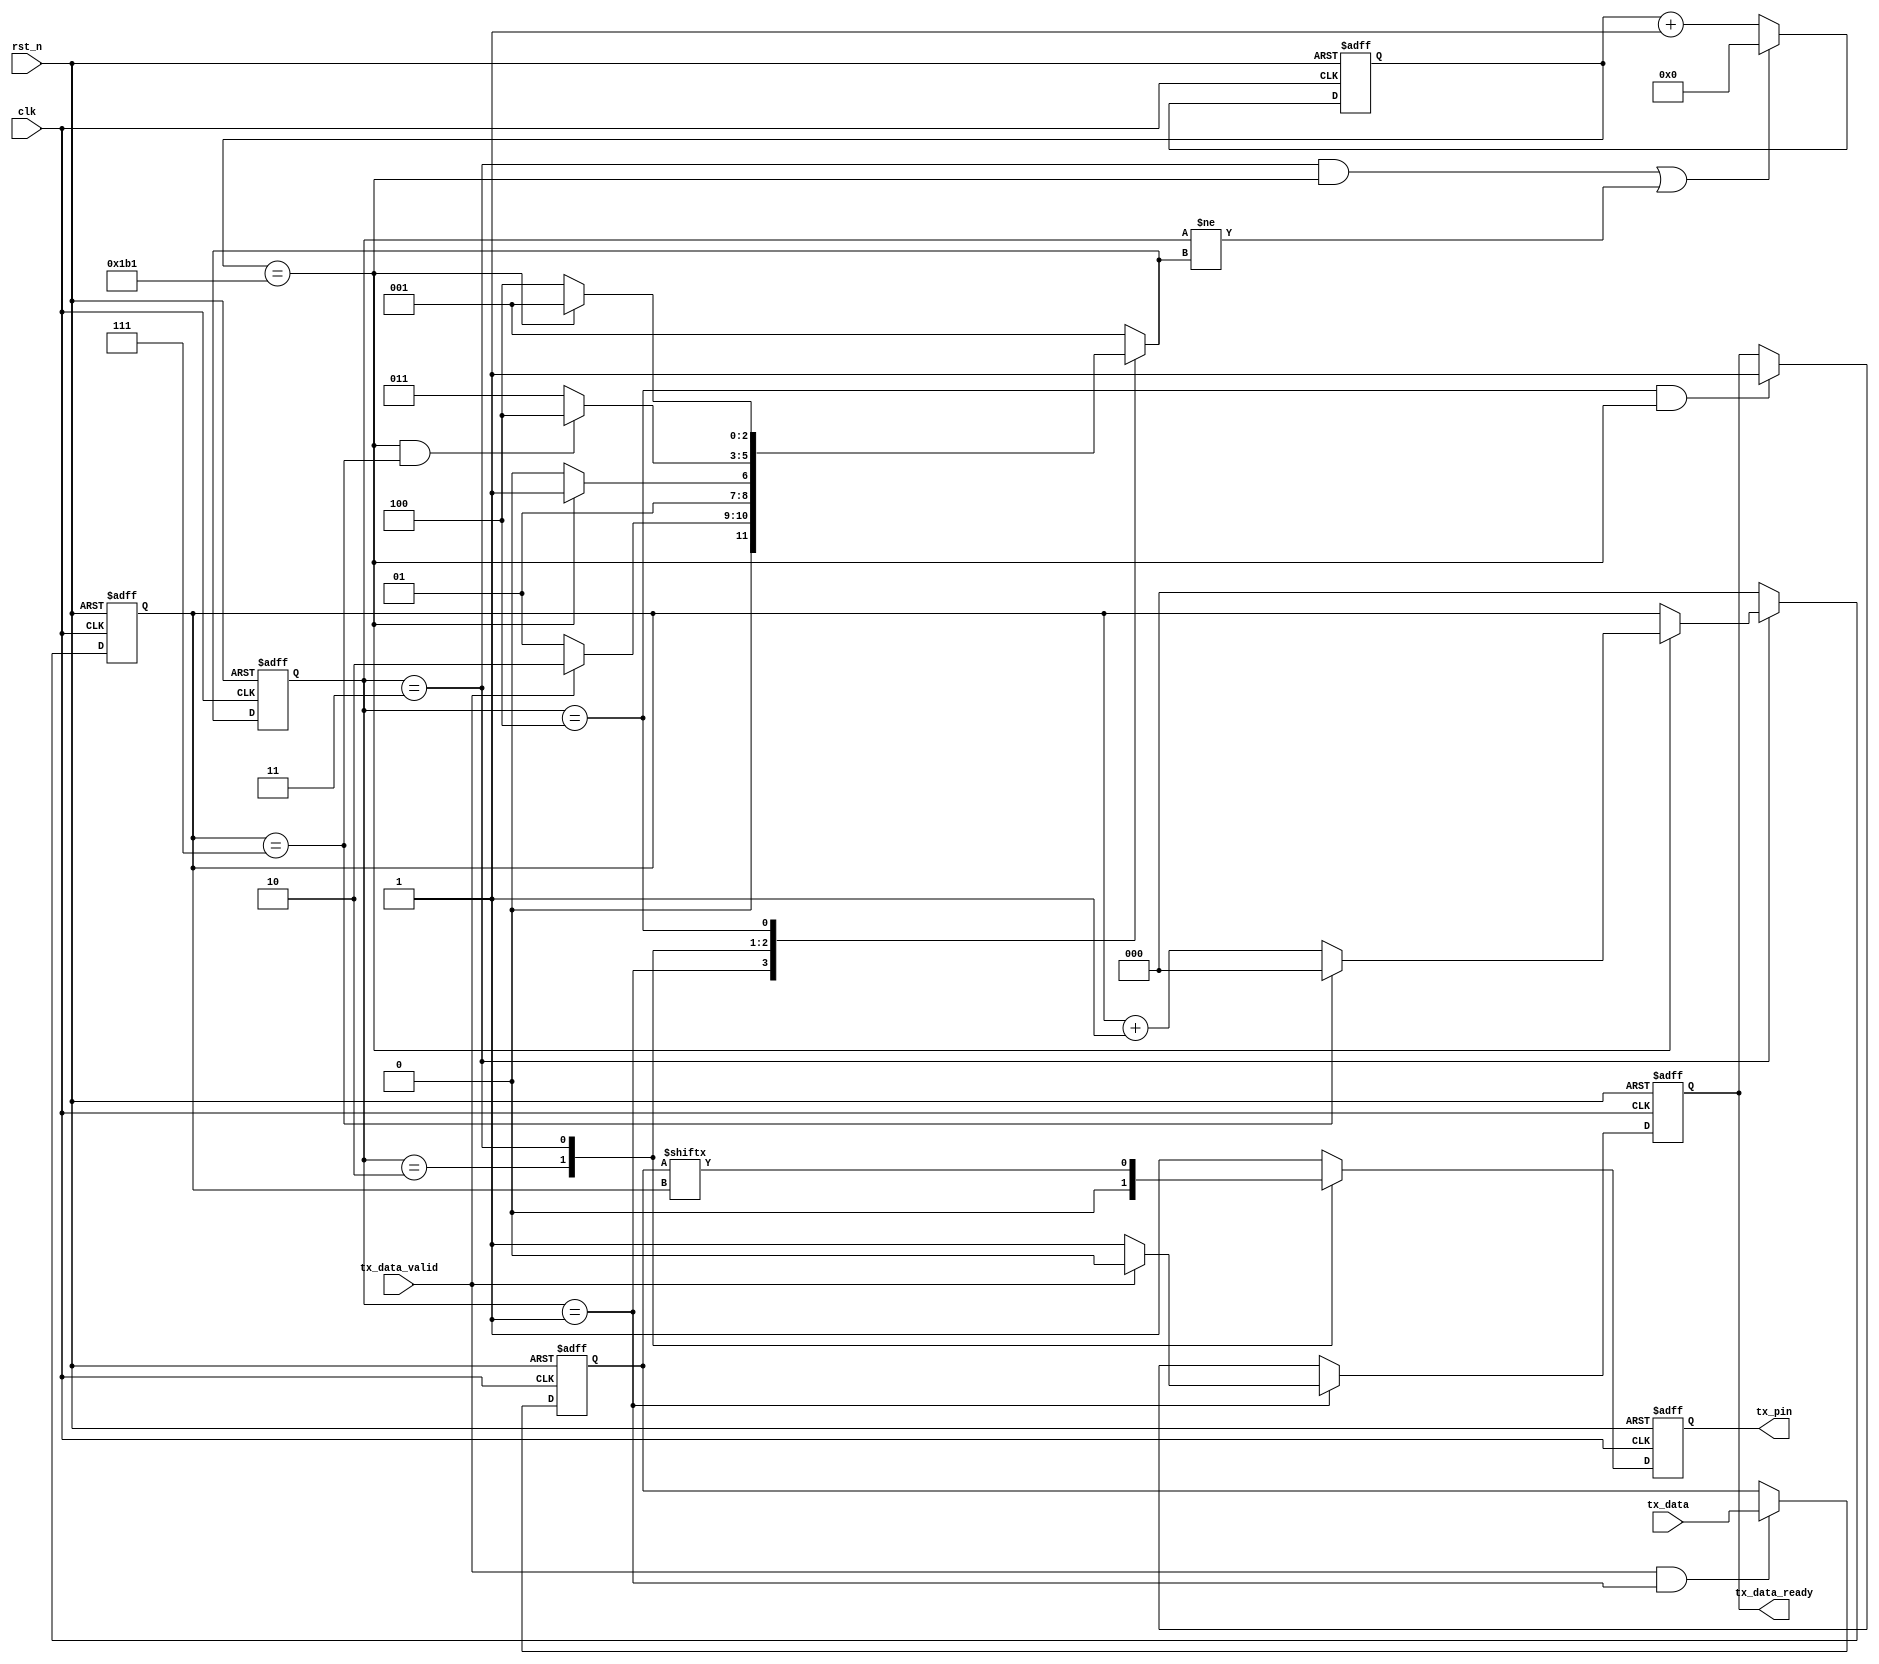
module uart_tx
#(
	parameter CLK_FRE = 50,      //clock frequency(Mhz)
	parameter BAUD_RATE = 115200 //serial baud rate
)
(
	input clk,
	input rst_n,
	input tx_data_valid,
	input [7:0] tx_data,
	output reg tx_data_ready,
	output tx_pin
);

reg [31:0] cycle_cnt;
reg [2:0] bit_cnt;
reg tx_reg;
reg [2:0] state;
reg [2:0] next_state;
reg [7:0] tx_data_latch;

localparam CYCLE = CLK_FRE * 1000000 / BAUD_RATE;
localparam S_IDLE=1;
localparam S_START=2;
localparam S_SEND_BIT=3;
localparam S_STOP=4;

assign tx_pin = tx_reg;

always @(posedge clk or negedge rst_n)
begin
	if (rst_n == 1'b0)
		state<=S_IDLE;
	else
		state<=next_state;
end

always @(*)
begin 
	case(state)
	S_IDLE:
	begin
		if (tx_data_valid == 1'b1)
			next_state <= S_START;
		else
			next_state <= S_IDLE;
	end
	S_START:
		if (cycle_cnt == CYCLE-1)
			next_state <= S_SEND_BIT;
		else
			next_state <= S_START;
	S_SEND_BIT:
		if (cycle_cnt == CYCLE-1 && bit_cnt==3'd7)
			next_state <= S_STOP;
		else
			next_state <=S_SEND_BIT;
	S_STOP:
		if (cycle_cnt == CYCLE-1)
			next_state <= S_IDLE;
		else 
			next_state <= S_STOP;
	default: next_state <= S_IDLE;
	endcase
end

always @(posedge clk or negedge rst_n)
begin
	if (rst_n == 1'b0)
		tx_data_ready <=1'b0;
	else 
	if (state == S_IDLE)
		if (tx_data_valid == 1'b1)
			tx_data_ready <= 1'b0;
		else tx_data_ready<=1'b1;
	else
		if (state == S_STOP && cycle_cnt == CYCLE-1)
			tx_data_ready<=1'b1;
end

always @(posedge clk or negedge rst_n)
begin
	if (rst_n == 1'b0)
		tx_data_latch <= 7'd0;
	else
		if (tx_data_valid == 1'b1 && state == S_IDLE)
			tx_data_latch <=tx_data;
end

always @(posedge clk or negedge rst_n)
begin
	if (rst_n == 1'b0)
		bit_cnt <= 3'd0;
	else
		if (state == S_SEND_BIT)
			if (cycle_cnt == CYCLE-1)
				if (bit_cnt == 3'd7)
					bit_cnt <= 3'd0;
				else bit_cnt<=bit_cnt+1'd1;
			else
				bit_cnt <= bit_cnt;
		else
			bit_cnt <=0;
end

always @(posedge clk or negedge rst_n)
begin
	if (rst_n == 1'b0)
		cycle_cnt <= 31'd0;
	else
		if ((state == S_SEND_BIT && cycle_cnt == CYCLE-1)|| state != next_state)
			cycle_cnt <= 31'd0;
		else 
			cycle_cnt <= cycle_cnt + 31'd1;
end

always @(posedge clk or negedge rst_n)
begin
	if (rst_n == 1'b0)
		tx_reg <= 1'b1;
	else
		case(state)
		S_IDLE:
			tx_reg<=1'b1;
		S_START:
			tx_reg<=1'b0;
		S_SEND_BIT:
			tx_reg<=tx_data_latch[bit_cnt];
		S_STOP:
			tx_reg<=1'b1;
		default: tx_reg <=1'b1;
		endcase
end

endmodule